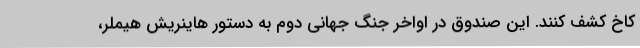
کاخ کشف کنند. این صندوق در اواخر جنگ جهانی دوم به دستور هاینریش هیملر،